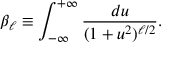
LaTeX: \beta _ { \ell } \equiv \int _ { - \infty } ^ { + \infty } \frac { d u } { ( 1 + u ^ { 2 } ) ^ { \ell / 2 } } .